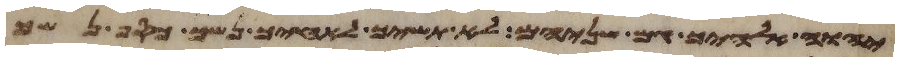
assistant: יהוה אלהיך גם שניהם לא תשיך לאחיך נשך כסף נשך